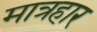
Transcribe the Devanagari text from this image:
मात्रहार